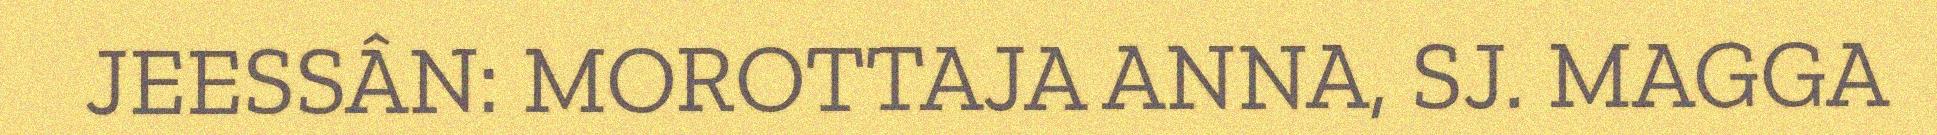
JEESSÂN: MOROTTAJA ANNA, SJ. MAGGA